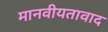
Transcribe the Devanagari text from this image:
मानवीयतावाद